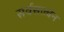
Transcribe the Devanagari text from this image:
सर्वसत्त्वेन